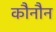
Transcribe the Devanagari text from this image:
कौनौन